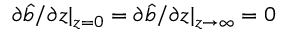
\partial \hat { b } / \partial z | _ { z = 0 } = \partial \hat { b } / \partial z | _ { z \rightarrow \infty } = 0